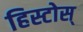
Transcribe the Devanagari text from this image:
हिस्टोस्‌